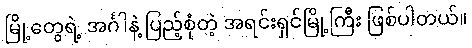
မြို့တွေရဲ့ အင်္ဂါနဲ့ ပြည့်စုံတဲ့ အရင်းရှင်မြို့ကြီး ဖြစ်ပါတယ်။